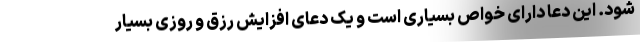
شود. این دعا دارای خواص بسیاری است و یک دعای افزایش رزق و روزی بسیار